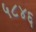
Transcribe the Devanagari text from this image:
५८४६